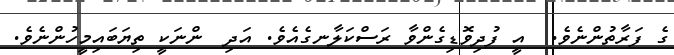
ގެ ފަރާތުންނެވެ.  އީ ފުދިވޮޑިގެންވާ ރަސްކަލާނގެއެވެ. އަދި  ންނަކީ ތިޔަބައިމީހުންނެވެ.